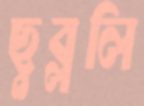
ছুব্‌ললি